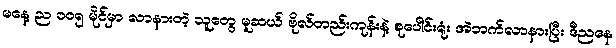
မနေ့ ည ၁၀၅ မိုင်မှာ လာနားတဲ့ သူတွေ မူဆယ် ဗိုလ်တည်းကုန်းနဲ့ စုပေါင်းရုံး အဲဘက်လာနားပြီး ဒီညနေ